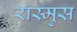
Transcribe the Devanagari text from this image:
रास्मुस